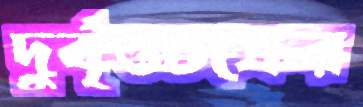
দুর্বৃত্তচক্রের